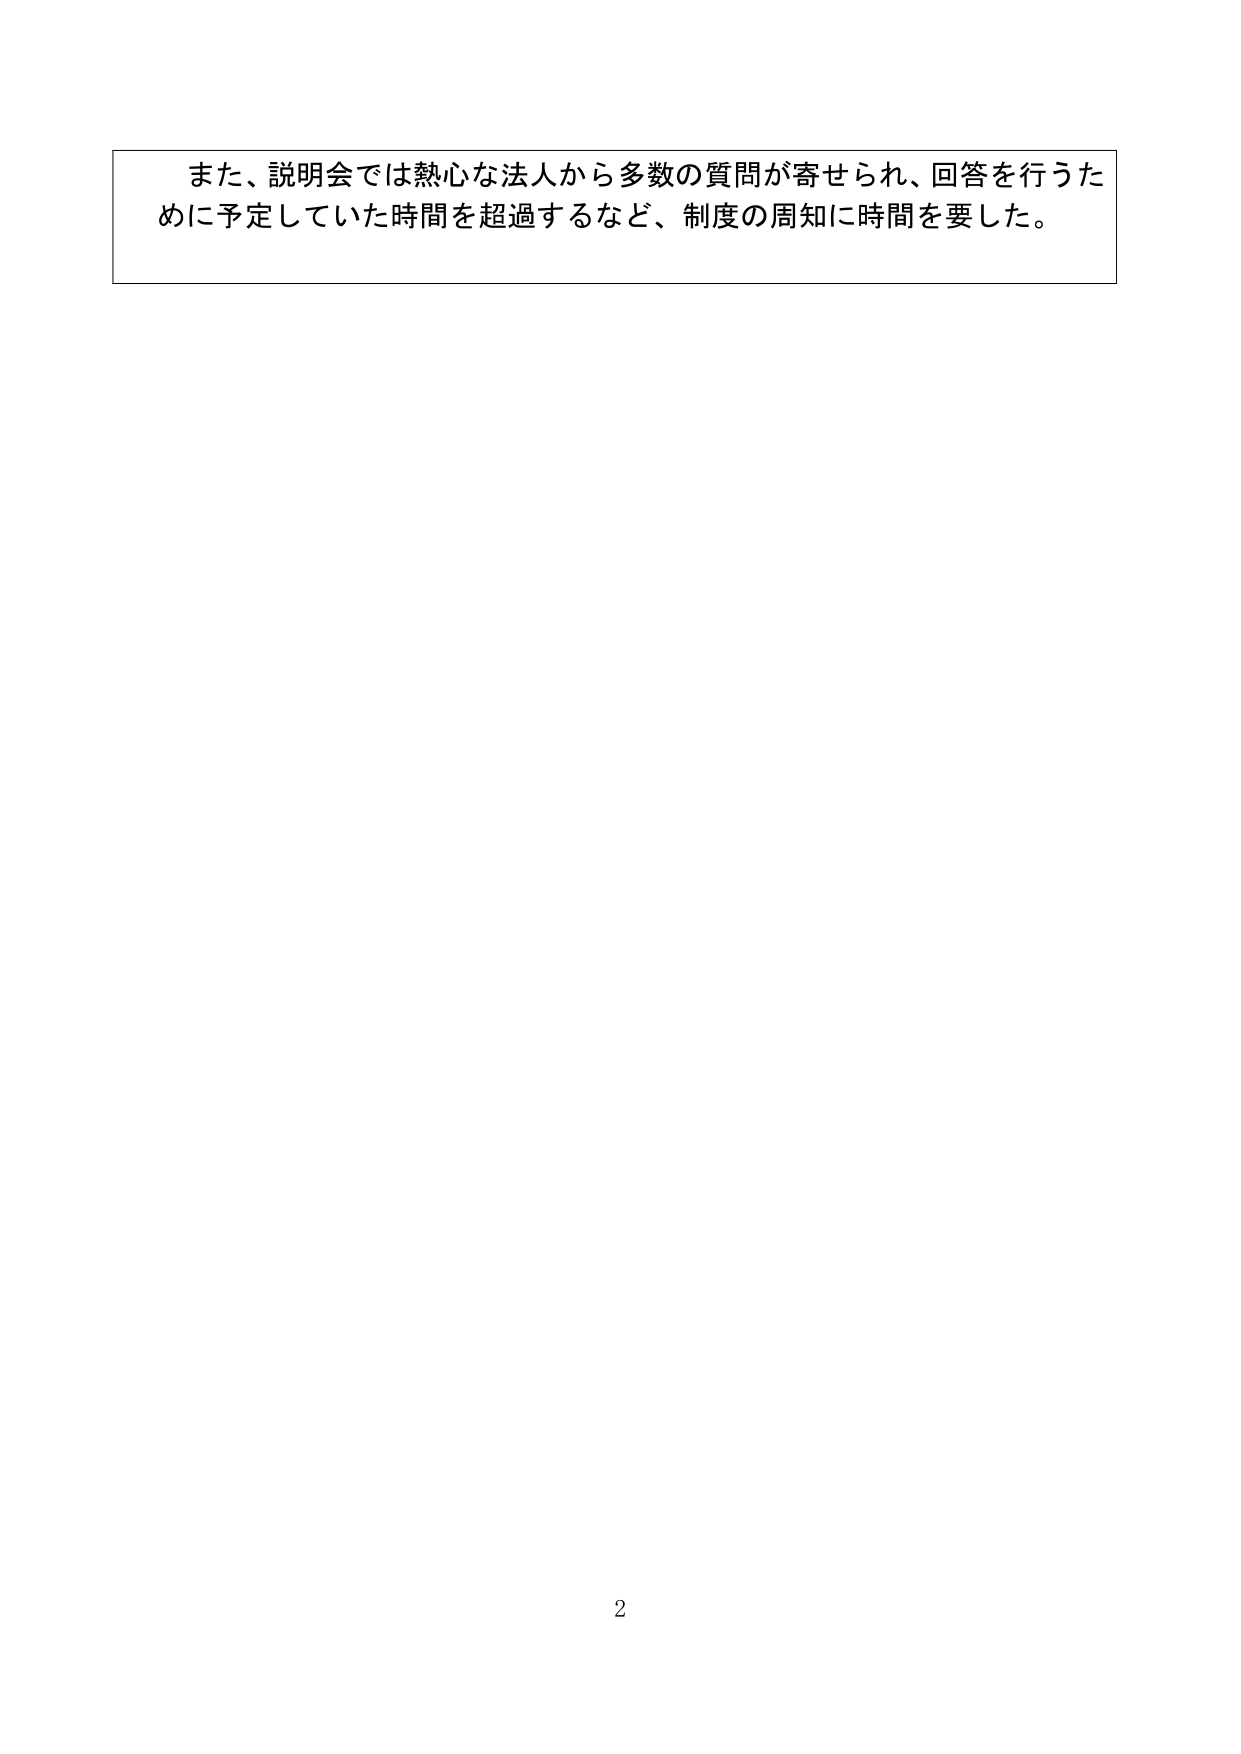
また、説明会では熱心な法人から多数の質問が寄せられ、回答を行うために予定していた時間を超過するなど、制度の周知に時間を要した。

2